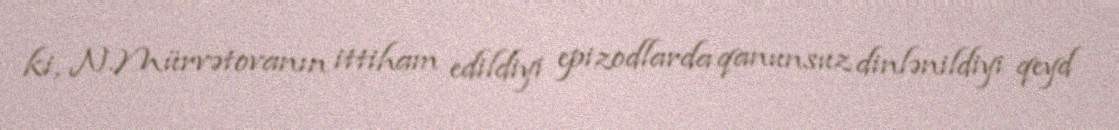
ki, N.Mürvətovanın ittiham edildiyi epizodlarda qanunsuz dinlənildiyi qeyd